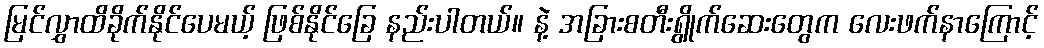
မြင်လွှာထိခိုက်နိုင်ပေမယ့် ဖြစ်နိုင်ခြေ နည်းပါတယ်။ နဲ့ အခြားစတီးရွိုက်ဆေးတွေက လေးဖက်နာကြောင့်